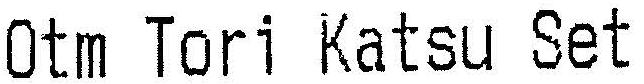
OTM TORI KATSU SET